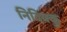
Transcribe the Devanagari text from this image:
निदिक्कु